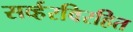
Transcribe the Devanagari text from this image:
सर्व्हरविरहित